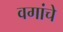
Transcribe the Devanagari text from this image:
वगांचे